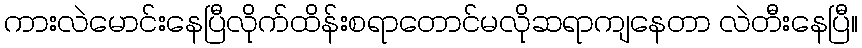
ကားလဲမောင်းနေပြီလိုက်ထိန်းစရာတောင်မလိုဆရာကျနေတာ လဲတီးနေပြီ။